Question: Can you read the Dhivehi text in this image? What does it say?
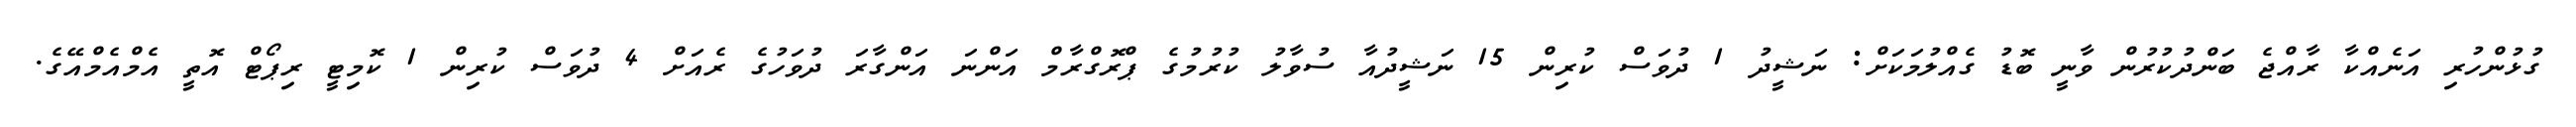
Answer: ގުޅުންހުރި އަނެއްކާ ރާއްޖެ ބަންދުކުރުން ވާނީ ބޮޑު ގެއްލުމަކަށް: ނަޝީދު 1 ދުވަސް ކުރިން 15 ނަޝީދުއާ ސުވާލު ކުރުމުގެ ޕްރޮގްރާމް އަންނަ އަންގާރަ ދުވަހުގެ ރެއަށް 4 ދުވަސް ކުރިން 1 ކޮމިޓީ ރިޕޯޓް އޮތީ އެމްއެމްއޭގެ.